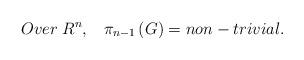
LaTeX: \begin{align*}Over\;R^{n},\;\;\;\pi_{n-1}\left( G\right) =non-trivial.\end{align*}